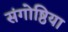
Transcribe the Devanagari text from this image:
संगोष्ठिया